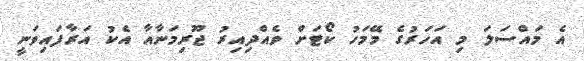
އެ މައްސަލަ މި އަހަރުގެ މޭމަހު ކޯޓަށް ވެއްދިއިރު ޖޫރިމަނާއާ އެކު އަރާފައިވަނީ